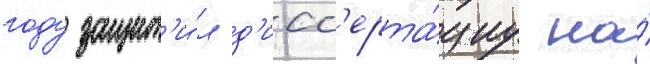
году защит'и́л д'исс'ерта́циу на́